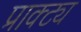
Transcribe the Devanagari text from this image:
प्राक्ट्य